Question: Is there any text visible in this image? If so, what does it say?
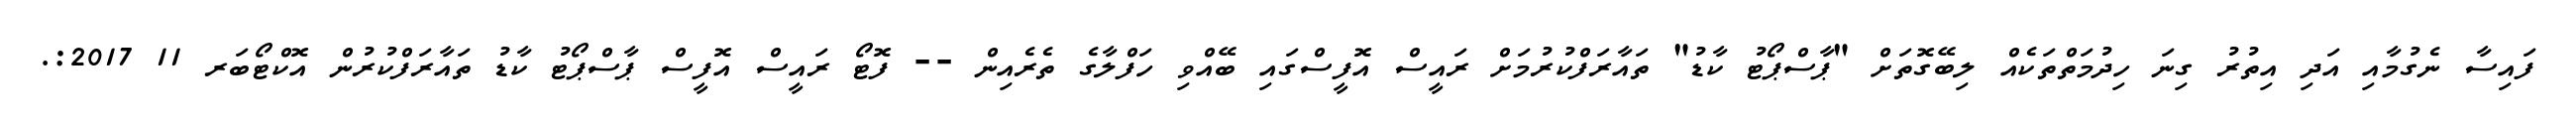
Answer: ފައިސާ ނެގުމާއި އަދި އިތުރު ގިނަ ހިދުމަތްތަކެއް ލިބޭގޮތަށް "ޕާސްޕޯޓު ކާޑު" ތައާރަފްކުރުމަށް ރައީސް އޮފީސްގައި ބޭއްވި ހަފްލާގެ ތެރެއިން -- ފޮޓޯ ރައީސް އޮފީސް ޕާސްޕޯޓު ކާޑު ތައާރަފްކުރުން އޮކްޓޯބަރ 11 2017:.